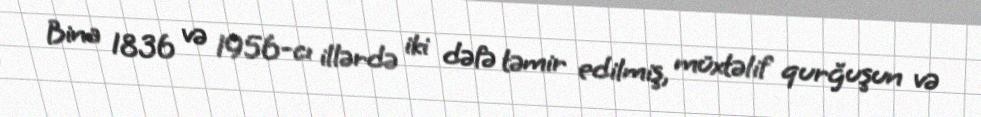
Bina 1836 və 1956-cı illərdə iki dəfə təmir edilmiş, müxtəlif qurğuşun və